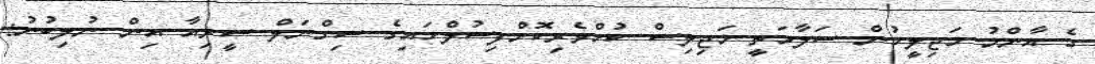
ގެ އާންމު މަޖިލީހުން ސަލާމަތީ މަޖިލިސް ކުށްވެރިކޮށްފިސުލްހައިގެ ސިގްނަލް ސީރިއާ އިން ނުލިބުނު: